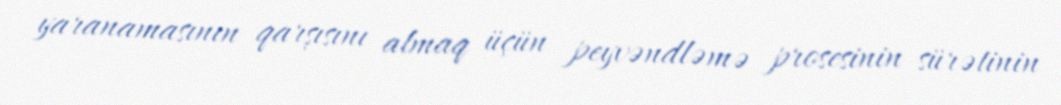
yaranamasının qarşısını almaq üçün peyvəndləmə prosesinin sürətinin